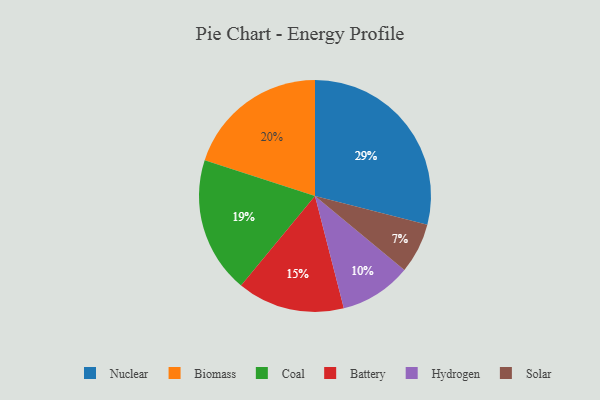
{"axis": {"x": "Category", "y": "Percentage"}, "legend": ["Battery", "Biomass", "Coal", "Hydrogen", "Nuclear", "Solar"], "data": [{"x": "Solar", "y": 7, "type": "Solar"}, {"x": "Biomass", "y": 20, "type": "Biomass"}, {"x": "Hydrogen", "y": 10, "type": "Hydrogen"}, {"x": "Nuclear", "y": 29, "type": "Nuclear"}, {"x": "Battery", "y": 15, "type": "Battery"}, {"x": "Coal", "y": 19, "type": "Coal"}]}